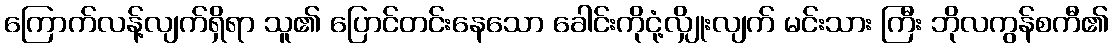
ကြောက်လန့်လျက်ရှိရာ သူ၏ ပြောင်တင်းနေသော ခေါင်းကိုငုံ့လျှိုးလျက် မင်းသား ကြီး ဘိုလကွန်စကီ၏